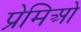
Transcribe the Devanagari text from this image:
प्रेमिओ